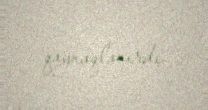
qaynaqlanırdı.